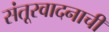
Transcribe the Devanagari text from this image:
संतूरवादनाची